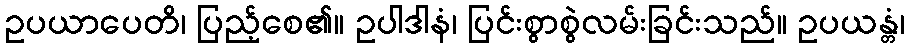
ဥပယာပေတိ၊ ပြည့်စေ၏။ ဥပါဒါနံ၊ ပြင်းစွာစွဲလမ်းခြင်းသည်။ ဥပယန္တံ၊